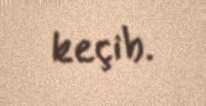
keçib.